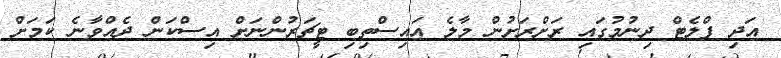
އަދި ފްލެޓް ދިނުމުގައި ރަށްރަށުން މާލެ އައިސްތިބި ޓީޗަރުންނަށް އިސްކަން ދެއްވާނެ ކަމަށް